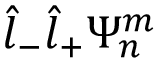
\hat { l } _ { - } \hat { l } _ { + } \Psi _ { n } ^ { m }